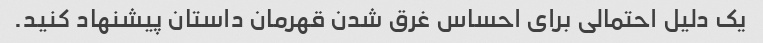
یک دلیل احتمالی برای احساس غرق شدن قهرمان داستان پیشنهاد کنید.